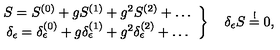
\left. \begin{array} { c } { S = S ^ { ( 0 ) } + g S ^ { ( 1 ) } + g ^ { 2 } S ^ { ( 2 ) } + \dots } \\ { \delta _ { \epsilon } = \delta _ { \epsilon } ^ { ( 0 ) } + g \delta _ { \epsilon } ^ { ( 1 ) } + g ^ { 2 } \delta _ { \epsilon } ^ { ( 2 ) } + \dots } \\ \end{array} \right\} \quad \delta _ { \epsilon } S \stackrel { ! } { = } 0 ,